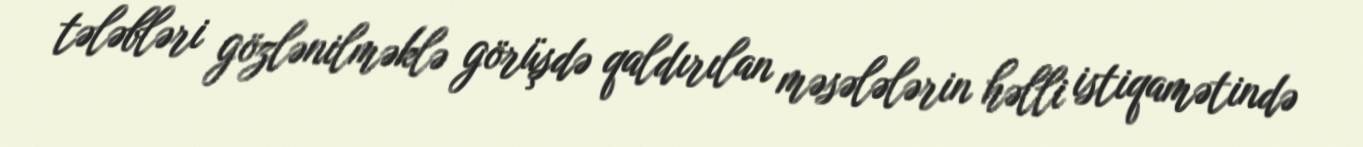
tələbləri gözlənilməklə görüşdə qaldırılan məsələlərin həlli istiqamətində